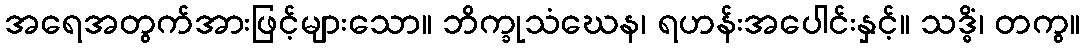
အရေအတွက်အားဖြင့်များသော။ ဘိက္ခုသံဃေန၊ ရဟန်းအပေါင်းနှင့်။ သဒ္ဓိံ၊ တကွ။